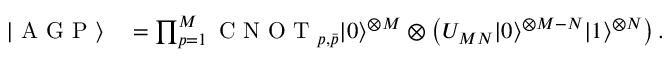
\begin{array} { r l } { | \mathrm { ~ A ~ G ~ P ~ } \rangle } & { { } = \prod _ { p = 1 } ^ { M } \mathrm { ~ C ~ N ~ O ~ T ~ } _ { p , \bar { p } } | 0 \rangle ^ { \otimes M } \otimes \left( U _ { M N } | 0 \rangle ^ { \otimes M - N } | 1 \rangle ^ { \otimes N } \right) . } \end{array}